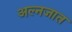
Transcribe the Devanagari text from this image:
अल्नजात